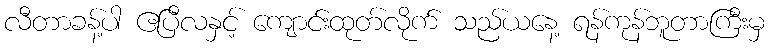
လီတာခန့်ပါ ဧပြီလနှင့် ကျောင်းထုတ်လိုက် သည်ယနေ့ ရန်ကုန်ဘူတာကြီးမှ